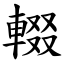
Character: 輟